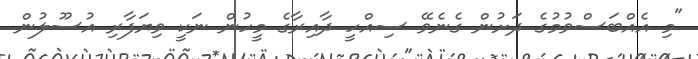
"މި އެއްބަސްވުމުގެ ދަށުން ގެނެވޭ ސިއްހީ ދާއިރާގެ މީހުން ނަކީ ވިޔަފާރި އުސޫލުން